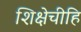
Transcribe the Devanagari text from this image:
शिक्षेचीहि